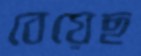
বেয়েছ